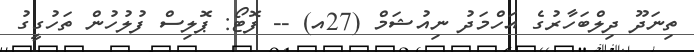
ތިނަދޫ ދިލްބަހާރުގެ އަހްމަދު ނިއުޝަމް (27އ) -- ފޮޓޯ: ޕޮލިސް ފުލުހުން ތަހުގީގު